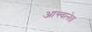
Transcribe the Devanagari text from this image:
आन्त्वानेत